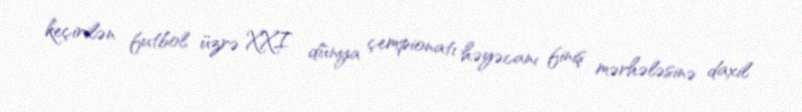
keçirilən futbol üzrə XXI dünya çempionatı həyəcanı finiş mərhələsinə daxil